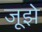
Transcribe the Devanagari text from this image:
जूझे